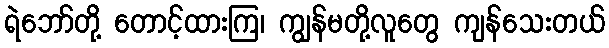
ရဲဘော်တို့ တောင့်ထားကြ၊ ကျွန်မတို့လူတွေ ကျန်သေးတယ်